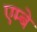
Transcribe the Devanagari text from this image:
एम्बे